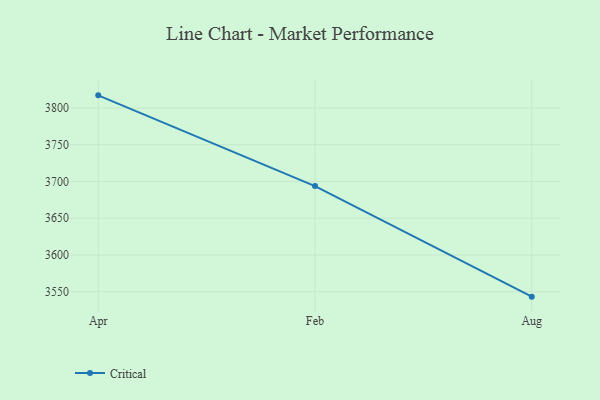
{"axis": {"x": "Month", "y": "Shipments"}, "legend": ["Critical"], "data": [{"x": "Apr", "y": 3817.2, "type": "Critical"}, {"x": "Feb", "y": 3693.8, "type": "Critical"}, {"x": "Aug", "y": 3543.3, "type": "Critical"}]}